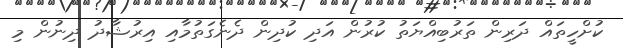
ކުށްހީތައް ދަރިން ތަރުބިއްޔަތު ކުރުން އަދި ކުދިން ދެނެގަތުމާއި އިރުޝާދު ދިނުން މި